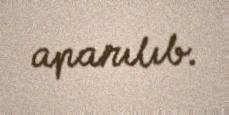
aparılıb.